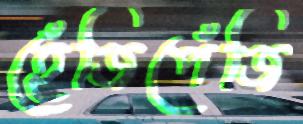
হেঁজিপেঁজি